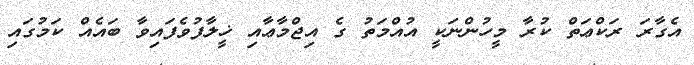
އެގާރަ ރަކްޢަތް ކުރާ މީހުންނަކީ އުއްމަތު ގެ އިޖްމާޢާއި ޚީލާފުވެފައިވާ ބައެއް ކަމުގައި